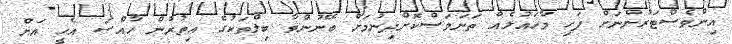
އިންވެސްޓަރުންނަށް ފަހި މާހައުލެއް ތަނަވަސްކޮށްދިނުމަށް ބޭނުންވާ ބިލްތަކުގެ އިތުރުން ހާއްސަ އެހީ އަށް